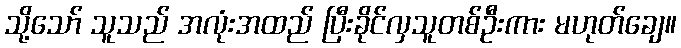
သို့သော် သူသည် အလုံးအထည် ပြီးခိုင်လှသူတစ်ဦးကား မဟုတ်ချေ။